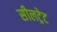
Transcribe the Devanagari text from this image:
सीलट्रेट